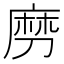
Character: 𠞧